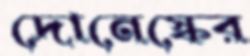
দোনেস্কের